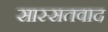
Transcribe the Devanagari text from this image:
सास्सतवाद